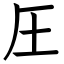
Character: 圧